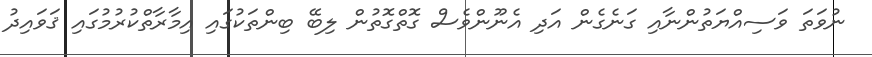
ނުވަތަ ވަސިއްޔަތުންނާއި ގަނެގެން އަދި އެނޫންވެސް ގޮތްގޮތުން ލިބޭ ބިންތަކުގައި އިމާރާތްކުރުމުގައި ޤަވައިދު